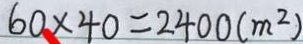
6 0 \times 4 0 = 2 4 0 0 ( m ^ { 2 } )